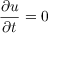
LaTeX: { \frac { \partial u } { \partial t } } = 0